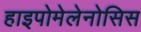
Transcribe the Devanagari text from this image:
हाइपोमेलेनोसिस